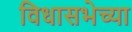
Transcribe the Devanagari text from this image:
विधासभेच्या